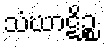
သံဃာဋိဉ္စ